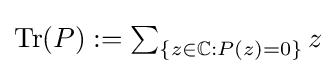
{\textstyle \operatorname {Tr} (P):=\sum _{\{z\in \mathbb {C} :P(z)=0\}}z}